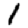
Digit: 1